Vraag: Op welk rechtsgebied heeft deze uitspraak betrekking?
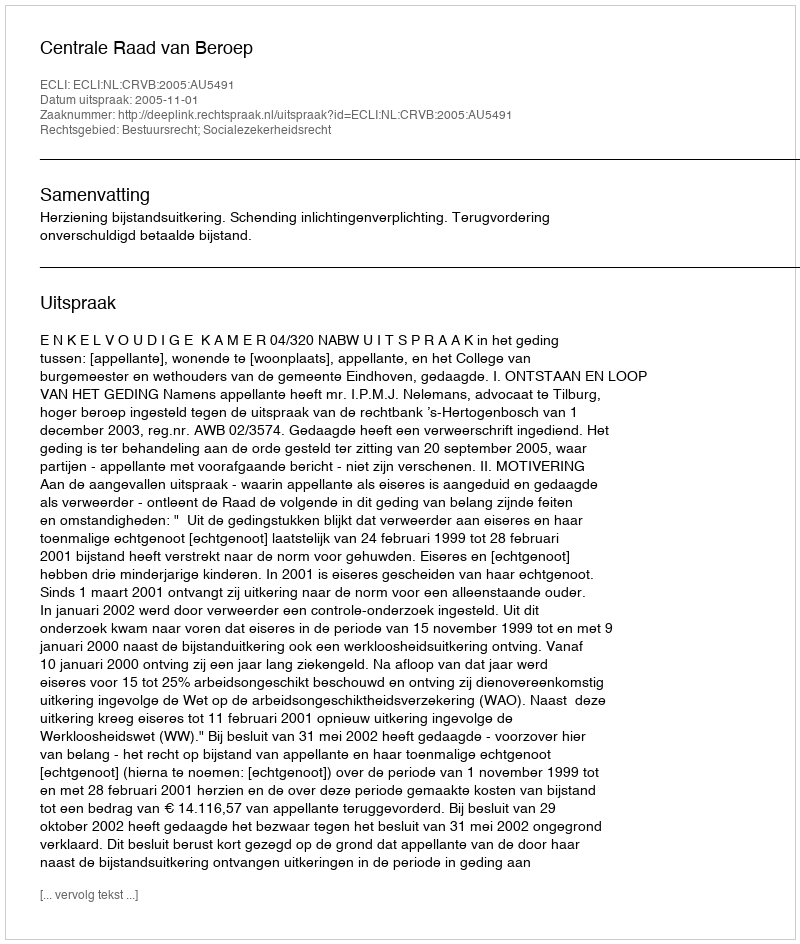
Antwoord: Bestuursrecht; Socialezekerheidsrecht